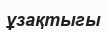
ұзақтыгы